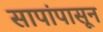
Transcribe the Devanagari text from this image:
सापांपासून